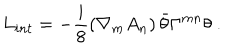
L _ { i n t } = - \frac { i } { 8 } \left( { \nabla } _ { m } { A _ { n } } \right) \bar { \theta } { \Gamma } ^ { m n } { \theta } \ .